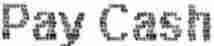
PAY CASH